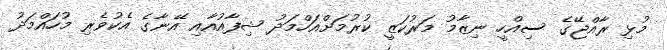
މުޅި ރާއްޖޭގެ ސިއްހީ ނިޒާމު މަރުކަޒީ ކުރުމަށްއަހްމަދު ޝިފާއުއާއި އޭނާގެ އެކުވެރި މުހައްމަދު